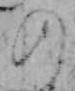
の